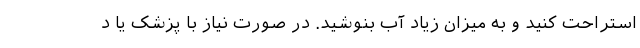
استراحت کنید و به میزان زیاد آب بنوشید. در صورت نیاز با پزشک یا د